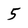
Character: 5